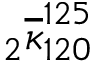
_ 2 \overline { { \kappa } } _ { 1 2 0 } ^ { 1 2 5 }